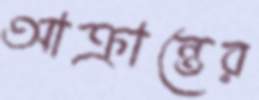
আক্রান্তের